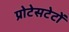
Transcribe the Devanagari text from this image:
प्रोटेसटेटों